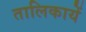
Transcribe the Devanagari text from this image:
तालिकायें